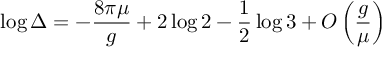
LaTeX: \log \Delta = - \frac { 8 \pi \mu } { g } + 2 \log 2 - \frac 1 2 \log 3 + O \left( \frac { g } { \mu } \right)